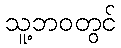
သူ့ဘဝတွင်